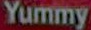
Yummy